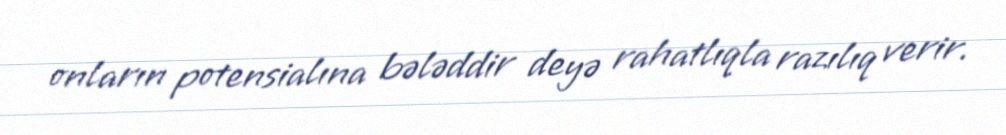
onların potensialına bələddir deyə rahatlıqla razılıq verir.